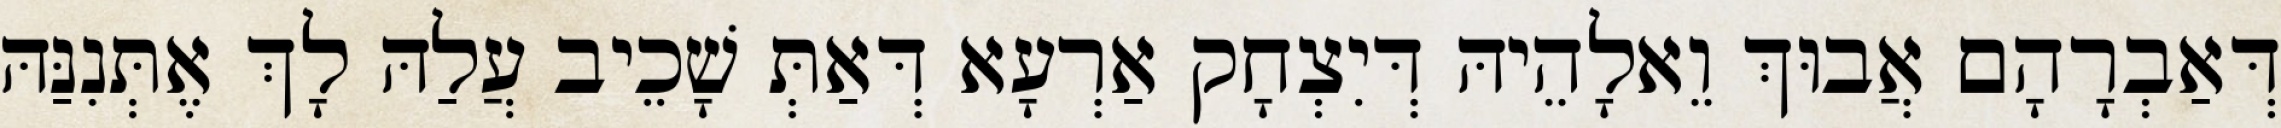
דְּאַבְרָהָם אֲבוּךְ וֵאלָהֵיהּ דְּיִצְחָק אַרְעָא דְּאַתְּ שָׁכֵיב עֲלַהּ לָךְ אֶתְּנִנַּהּ